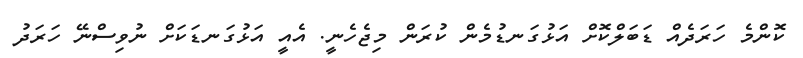
ކޮންމެ ހަރަދެއް ޑަބަލްކޮށް އަޅުގަނޑުމެން ކުރަން މިޖެހެނީ. އެއީ އަޅުގަނޑަކަށް ނުވިސްނޭ ހަރަދު